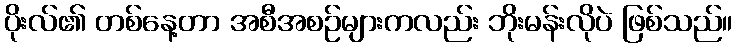
ပိုးလ်၏ တစ်နေ့တာ အစီအစဉ်များကလည်း ဘိုးမန်းလိုပဲ ဖြစ်သည်။